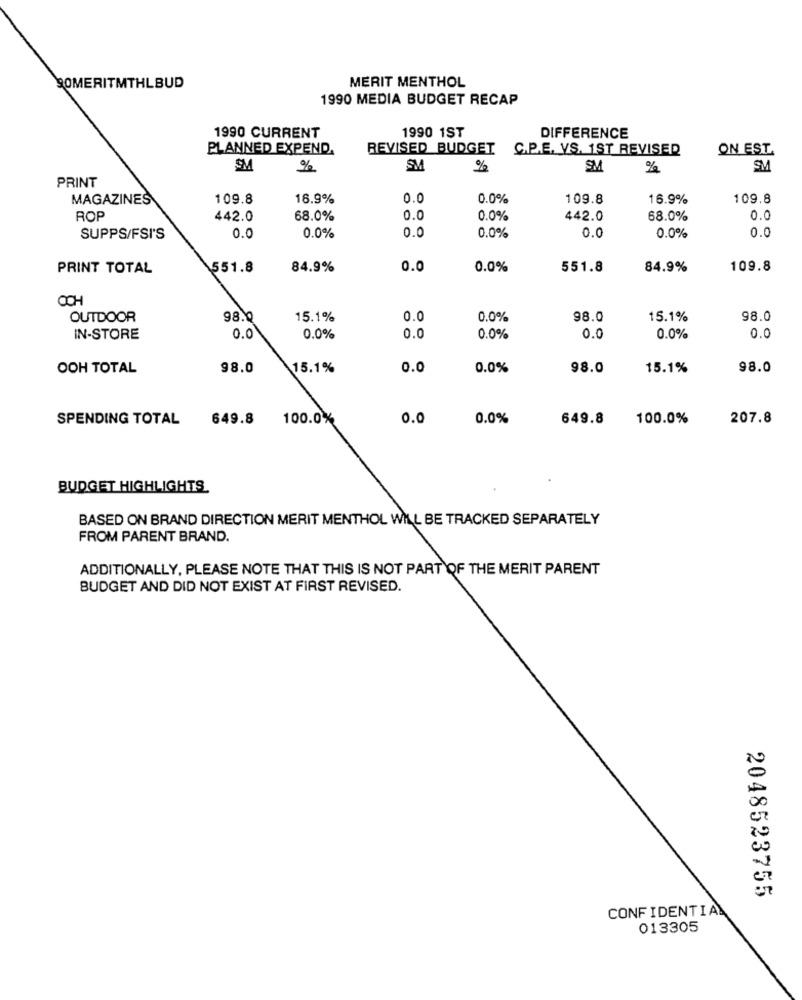
MERIT MENTHOL
SOMERITMTHLBUD
1990 MEDIA BUDGET RECAP
1990 CURRENT
1990 1ST
DIFFERENCE
PLANNED EXPEND.
REVISED BUDGET C.P.E. VS. 1ST REVISER
ON EST.
SM
%
SM
%
SM
%
SM
PRINT
MAGAZINES
109.8
16.9%
0.0
0.0%
109.8
16.9%
109.8
ROP
442.0
68.0%
0.0
0.0%
442.0
68.0%
0.0
0.0%
SUPPS/FSI'S
0.0
0.0%
0.0
0.0
0.0%
0.0
PRINT TOTAL
551.8
84.9%
0.0
0.0%
551.8
84.9%
109.8
OUTDOOR
98.9
15.1%
0.0
0.0%
98.0
15.1%
98.0
IN-STORE
0.0
0.0%
0.0
0.0%
0.0
0.0%
0.0
OOH TOTAL
98.0
15.1%
0.0
0.0%
98.0
15.1%
98.0
SPENDING TOTAL
649.8 100.0%
0.0
0.0%
649.8
100.0%
207.8
BUDGET HIGHLIGHTS
BASED ON BRAND DIRECTION MERIT MENTHOL WILL BE TRACKED SEPARATELY
FROM PARENT BRAND.
ADDITIONALLY, PLEASE NOTE THAT THIS IS NOT PART OF THE MERIT PARENT
BUDGET AND DID NOT EXIST AT FIRST REVISED.
2048523755
CONFIDENTIAL
013305